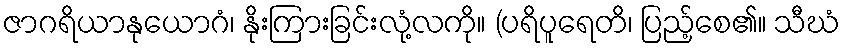
ဇာဂရိယာနုယောဂံ၊ နိုးကြားခြင်းလုံ့လကို။ (ပရိပူရေတိ၊ ပြည့်စေ၏။ သီဃံ